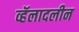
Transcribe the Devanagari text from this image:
व्हॅलादलीन